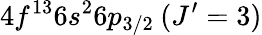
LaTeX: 4f^{13}6s^{2}6p_{3/2}\: (J^{\prime}=3)